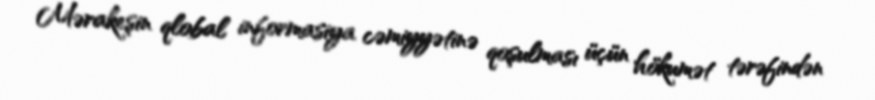
Mərakeşin qlobal informasiya cəmiyyətinə qoşulması üçün hökumət tərəfindən